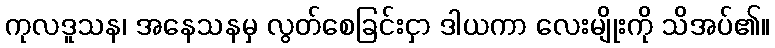
ကုလဒူသန၊ အနေသနမှ လွတ်စေခြင်းငှာ ဒါယကာ လေးမျိုးကို သိအပ်၏။